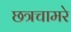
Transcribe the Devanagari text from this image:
छत्रचामरे